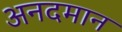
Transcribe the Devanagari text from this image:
अनदमान